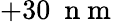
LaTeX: +30~\mathrm{~n~m~}